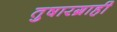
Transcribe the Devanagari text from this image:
तुषारग्राही